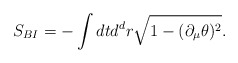
\begin{align*}S_{BI} = - \int dtd^dr \sqrt{1-(\partial_\mu \theta)^2}. \end{align*}